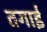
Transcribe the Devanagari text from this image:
तगाई